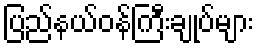
ပြည်နယ်ဝန်ကြီးချုပ်များ